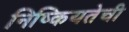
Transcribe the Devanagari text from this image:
निष्कियतेची